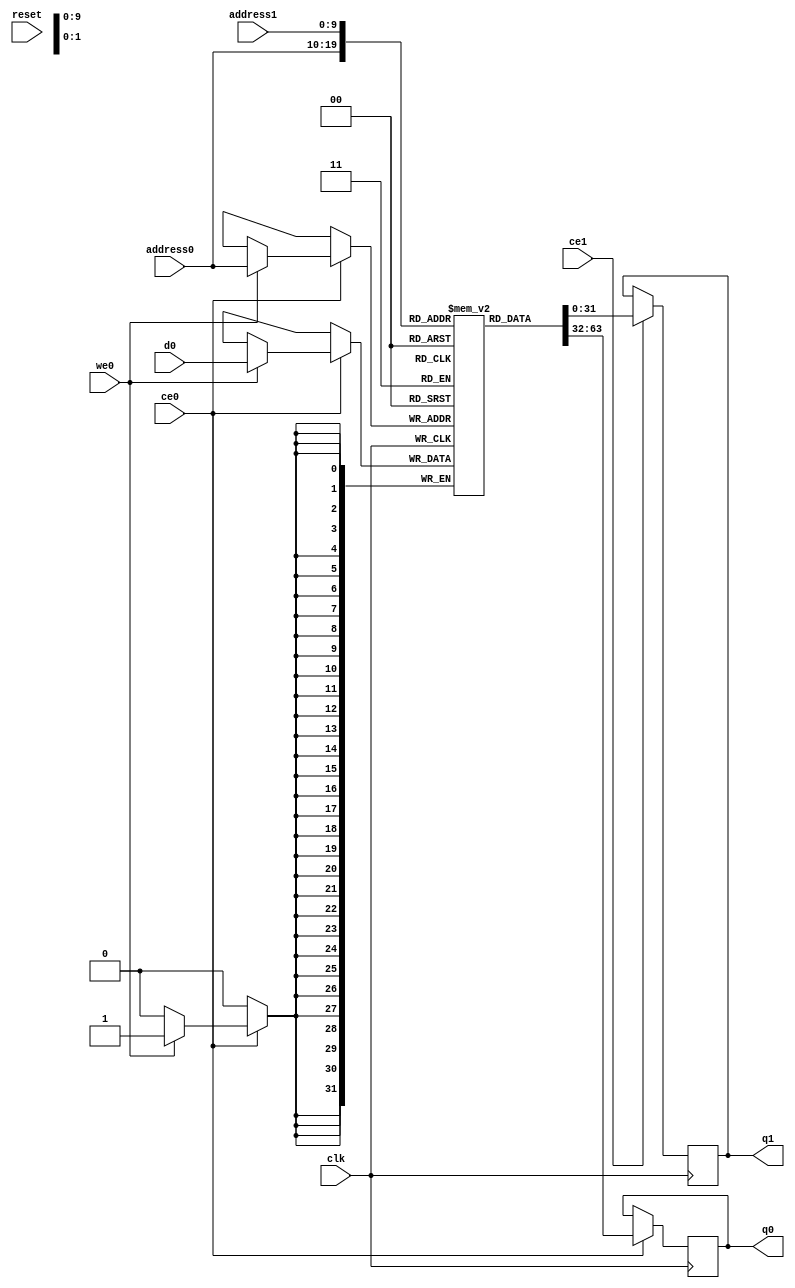
// ==============================================================
// Vitis HLS - High-Level Synthesis from C, C++ and OpenCL v2022.1 (64-bit)
// Tool Version Limit: 2022.04
// Copyright 1986-2022 Xilinx, Inc. All Rights Reserved.
// ==============================================================
`timescale 1 ns / 1 ps
module example_buffa_RAM_AUTO_1R1W (address0, ce0, d0, we0, q0, address1, ce1, q1,  reset,clk);

parameter DataWidth = 32;
parameter AddressWidth = 10;
parameter AddressRange = 1024;

input[AddressWidth-1:0] address0;
input ce0;
input[DataWidth-1:0] d0;
input we0;
output reg[DataWidth-1:0] q0;
input[AddressWidth-1:0] address1;
input ce1;
output reg[DataWidth-1:0] q1;
input reset;
input clk;

(* ram_style = "auto" *)reg [DataWidth-1:0] ram[0:AddressRange-1];




always @(posedge clk)  
begin 
    if (ce0) begin
        if (we0) 
            ram[address0] <= d0; 
        q0 <= ram[address0];
    end
end


always @(posedge clk)  
begin 
    if (ce1) begin
        q1 <= ram[address1];
    end
end


endmodule